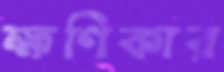
ক্ষণিকার